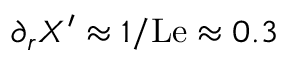
\partial _ { r } X ^ { \prime } \approx 1 / \mathrm { L e } \approx 0 . 3